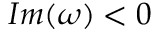
I m ( \omega ) < 0